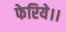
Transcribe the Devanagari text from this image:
फेरिये।।